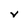
Character: V